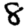
Digit: 8